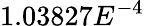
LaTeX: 1.03827E^{-4}